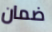
ضمان